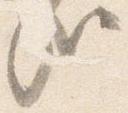
哉